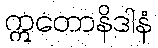
ဣတောနိဒါနံ